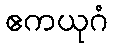
ဧကယုဂံ